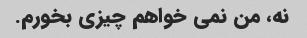
نه، من نمی خواهم چیزی بخورم.